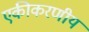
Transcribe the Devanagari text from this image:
एकीकरणीय